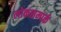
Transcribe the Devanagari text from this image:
लोकसम्पर्क